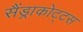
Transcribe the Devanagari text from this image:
सैंड्राकोट्टस